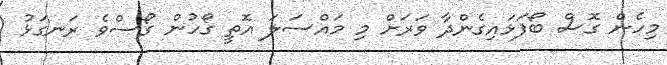
މިހެން ގޮސް ބޯފަޅައިގެންދާ ވަރަށް މި މައްސަލަ އޮތީ ގޯހުން ގޯސްވެ ރަނގަޅު